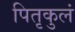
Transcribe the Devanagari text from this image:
पितृकुलं